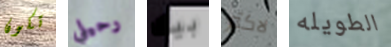
تكون رحيلي بيك لاكثر الطويله